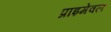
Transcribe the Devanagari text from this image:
प्राइमेवल